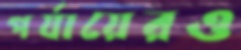
পর্যায়েরও